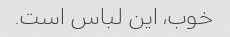
خوب، این لباس است.